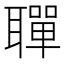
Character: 𫆐